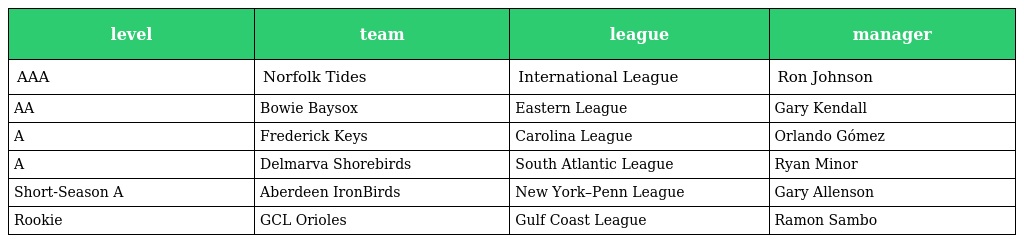
| level | team | league | manager |
 | --- | --- | --- | --- |
 | AAA | Norfolk Tides | International League | Ron Johnson |
 | AA | Bowie Baysox | Eastern League | Gary Kendall |
 | A | Frederick Keys | Carolina League | Orlando Gómez |
 | A | Delmarva Shorebirds | South Atlantic League | Ryan Minor |
 | Short-Season A | Aberdeen IronBirds | New York–Penn League | Gary Allenson |
 | Rookie | GCL Orioles | Gulf Coast League | Ramon Sambo |